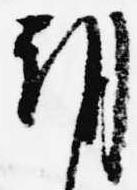
朝